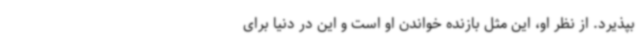
بپذیرد. از نظر او، این مثل بازنده خواندن او است و این در دنیا برای